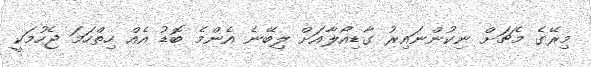
މިރޭގެ މެޗަށް ނިކުންނައިރު ގާޑިއޯލާއަށް ލިބޭނެ އެންމެ ބޮޑު އެއް ހިތްހަމަ ޖެހުމަކީ